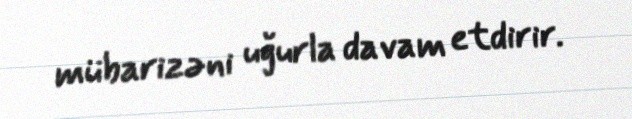
mübarizəni uğurla davam etdirir.